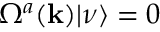
\Omega ^ { a } ( { \bf { k } } ) | \nu \rangle = 0 \;